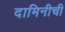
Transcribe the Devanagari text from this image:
दामिनीची